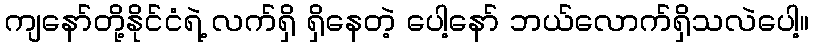
ကျနော်တို့နိုင်ငံရဲ့ လက်ရှိ ရှိနေတဲ့ ပေါ့နော် ဘယ်လောက်ရှိသလဲပေါ့။